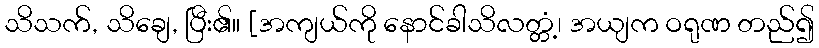
သိသက်, သိချေ, ပြီး၏။ [အကျယ်ကို နောင်ခါသိလတ္တံ့၊ အယျက ဝရုဏ တည်၍